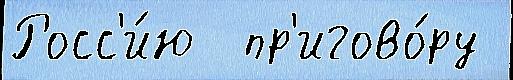
Росс'и́ю  пр'игово́ру